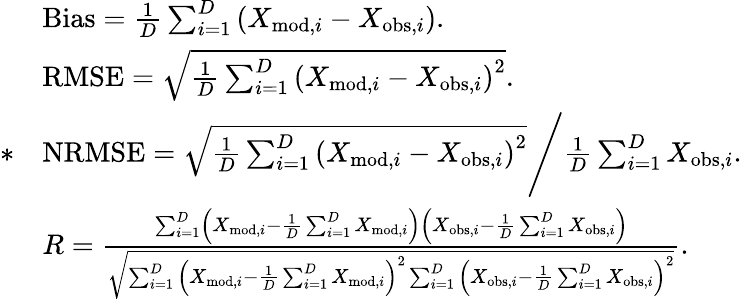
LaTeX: \begin{array}{rl}&{\mathrm{Bias}=\frac{1}{D}\sum_{i=1}^{D}\left(X_{\mathrm{mod},i}-X_{\mathrm{obs},i}\right).}\\ &{\mathrm{RMSE}=\sqrt{\frac{1}{D}\sum_{i=1}^{D}\left(X_{\mathrm{mod},i}-X_{\mathrm{obs},i}\right)^{2}}.}\\ {*}&{\mathrm{NRMSE}=\sqrt{\frac{1}{D}\sum_{i=1}^{D}\left(X_{\mathrm{mod},i}-X_{\mathrm{obs},i}\right)^{2}}\Bigg/\frac{1}{D}\sum_{i=1}^{D}X_{\mathrm{obs},i}.}\\ &{R=\frac{\sum_{i=1}^{D}\left(X_{\mathrm{mod},i}-\frac{1}{D}\sum_{i=1}^{D}X_{\mathrm{mod},i}\right)\left(X_{\mathrm{obs},i}-\frac{1}{D}\sum_{i=1}^{D}X_{\mathrm{obs},i}\right)}{\sqrt{\sum_{i=1}^{D}\left(X_{\mathrm{mod},i}-\frac{1}{D}\sum_{i=1}^{D}X_{\mathrm{mod},i}\right)^{2}\sum_{i=1}^{D}\left(X_{\mathrm{obs},i}-\frac{1}{D}\sum_{i=1}^{D}X_{\mathrm{obs},i}\right)^{2}}}.}\end{array}